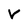
Character: v